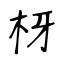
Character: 枒